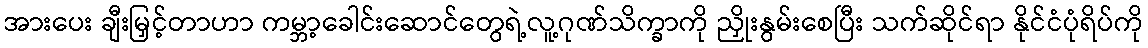
အားပေး ချီးမြှင့်တာဟာ ကမ္ဘာ့ခေါင်းဆောင်တွေရဲ့လူ့ဂုဏ်သိက္ခာကို ညှိုးနွမ်းစေပြီး သက်ဆိုင်ရာ နိုင်ငံပုံရိပ်ကို